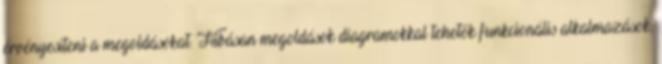
érvényesíteni a megoldásokat. Hibásan megoldások diagramokkal tehetők funkcionális alkalmazások,